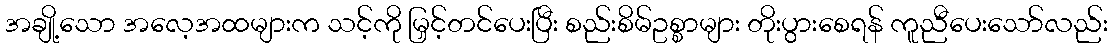
အချို့သော အလေ့အထများက သင့်ကို မြှင့်တင်ပေးပြီး စည်းစိမ်ဥစ္စာများ တိုးပွားစေရန် ကူညီပေးသော်လည်း